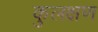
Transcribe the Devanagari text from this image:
कुलक्षण